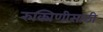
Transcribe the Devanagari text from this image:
रुक्मिणीसाठी